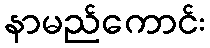
နာမည်ကောင်း